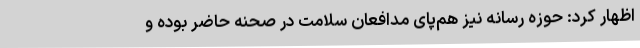
اظهار کرد: حوزه رسانه نیز هم‌پای مدافعان سلامت در صحنه حاضر بوده و